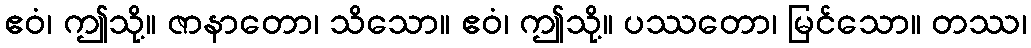
ဧဝံ၊ ဤသို့။ ဇာနာတော၊ သိသော။ ဧဝံ၊ ဤသို့။ ပဿတော၊ မြင်သော။ တဿ၊